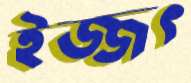
ইজ্জৎ